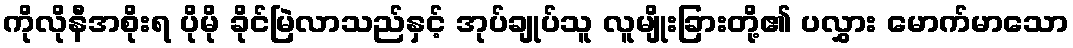
ကိုလိုနီအစိုးရ ပိုမို ခိုင်မြဲလာသည်နှင့် အုပ်ချုပ်သူ လူမျိုးခြားတို့၏ ပလွှား မောက်မာသော